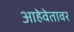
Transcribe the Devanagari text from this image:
आहेवेतावर